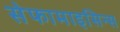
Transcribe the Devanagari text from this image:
सेफामाइसिन्स